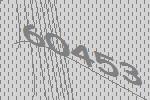
60453